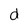
Character: d